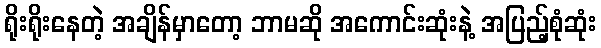
ရိုးရိုးနေတဲ့ အချိန်မှာတော့ ဘာမဆို အကောင်းဆုံးနဲ့ အပြည့်စုံဆုံး